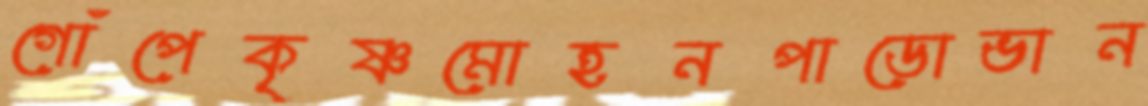
গোঁপেকৃষ্ণমোহনপাডোভান